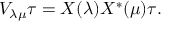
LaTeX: V _ { \lambda \mu } \tau = X ( \lambda ) X ^ { * } ( \mu ) \tau .